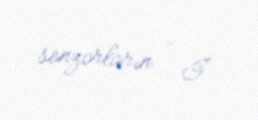
senzorların - İ.